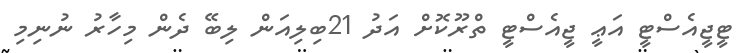
ޓީޖީއެސްޓީ އަޢީ ޖީއެސްޓީ ތްރޫކޮށް އަދު 21ބިލިއަން ލިބޭ ދެން މިހާރު ނުނިމި